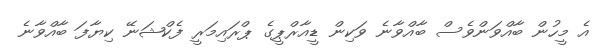
އެ މީހުން ބާއްވަންވެސް ބާއްވާނެ ވަކިން ޑީއާރްޕީގެ ޕްރައިމަރީ ފެކްޝަނޭ ކިޔާފަ ބާއްވާނެ